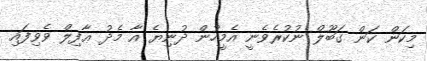
މިކަން ކަން ގަބޫލް ނުކުރެވެނީ އެމީހުން ދުނިޔެ އާ މެދު ޢާފިލް ވެވިފައި